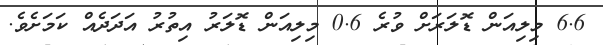
6.6 މިލިއަން ޑޮލަރަށް ވުރެ 0.6 މިލިއަން ޑޮލަރު އިތުރު އަދަދެއް ކަމަށެވެ.